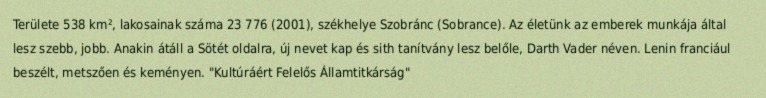
Területe 538 km², lakosainak száma 23 776 (2001), székhelye Szobránc (Sobrance). Az életünk az emberek munkája által lesz szebb, jobb. Anakin átáll a Sötét oldalra, új nevet kap és sith tanítvány lesz belőle, Darth Vader néven. Lenin franciául beszélt, metszően és keményen. "Kultúráért Felelős Államtitkárság"